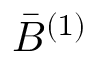
\bar { B } ^ { ( 1 ) }